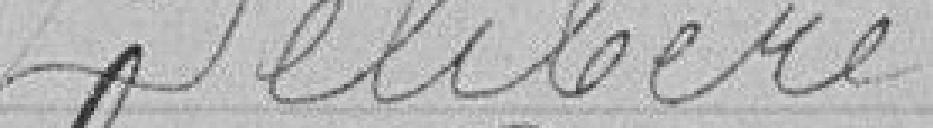
Délibère